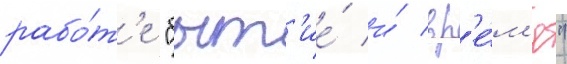
рабо́т'е "быт'ие́ и́ вр'е́м'я"